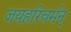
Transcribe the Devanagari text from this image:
जयहरिवर्मन्